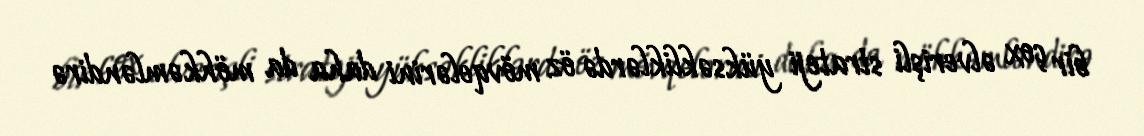
bir çox əlverişli strateji yüksəkliklərdə öz mövqelərini daha da möhkəmləndirə